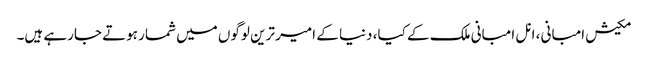
مکیش امبانی ، انل امبانی ملک کے کیا، دنیا کے امیر ترین لوگوں میں شمار ہوتے جارہے ہیں۔